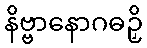
နိဗ္ဗာနောဂဓဉှိ